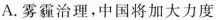
A.雾霾治理，中国将加大力度